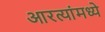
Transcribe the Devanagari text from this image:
आरत्यांमध्ये